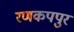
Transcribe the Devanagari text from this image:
रणकपपुर